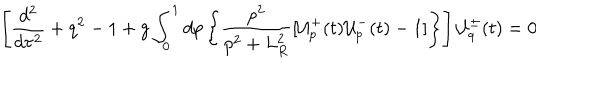
\left[ \frac { d ^ { 2 } } { d \tau ^ { 2 } } + q ^ { 2 } - 1 + g \int _ { 0 } ^ { 1 } d p \left\{ \frac { p ^ { 2 } } { p ^ { 2 } + L _ { R } ^ { 2 } } [ { \cal { U } } _ { p } ^ { + } ( t ) { \cal { U } } _ { p } ^ { - } ( t ) - 1 ] \right\} \right] { \cal { U } } _ { q } ^ { \pm } ( t ) = 0